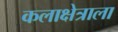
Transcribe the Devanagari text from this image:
कलाक्षेत्राला